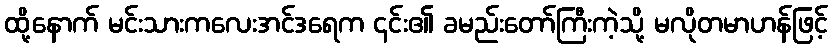
ထို့နောက် မင်းသားကလေးအင်ဒရေက ၎င်း၏ ခမည်းတော်ကြီးကဲ့သို့ မလိုတမာဟန်ဖြင့်